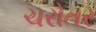
ચરોતર